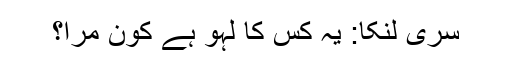
سری لنکا: یہ کس کا لہو ہے کون مرا؟